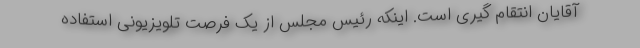
آقایان انتقام گیری است. اینکه رئیس مجلس از یک فرصت تلویزیونی استفاده